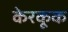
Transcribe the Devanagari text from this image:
केरकूक